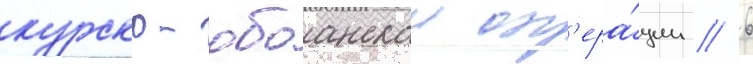
курско-обоанскои оп'ера́ции // 6